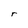
Character: r